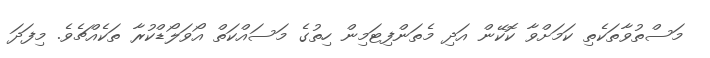
މަސްތުވާތަކެތި ކަމަށްވާ ކޮކޭން އަދި މެތަންފިޓަމިން ހިތުގެ މަސައްކަތް އޯވަލޯޑްކުރާ ތަކެއްޗެވެ. މިފަދަ